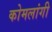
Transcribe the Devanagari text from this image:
कोमलांगी